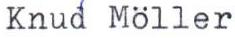
Knud Möller